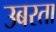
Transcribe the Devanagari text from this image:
उबरता